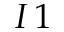
I \, 1